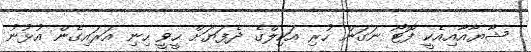
ޝާޔާއާއިއެކީ ފޮޓޯ ނަގަން ހުރި އަކިލްގެ ދެފަޔަށް ހީވީ ހިނި އަރައިގެން އުޅުނު